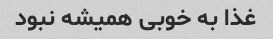
غذا به خوبی همیشه نبود